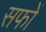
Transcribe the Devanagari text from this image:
सफों